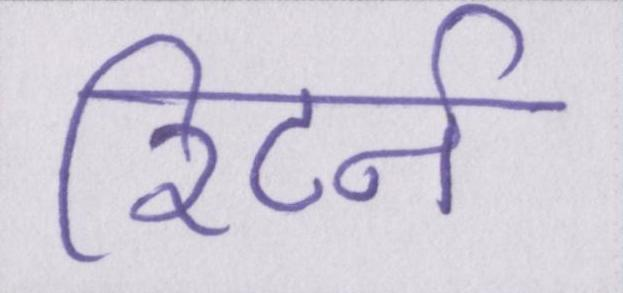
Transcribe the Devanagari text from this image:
रिटर्न